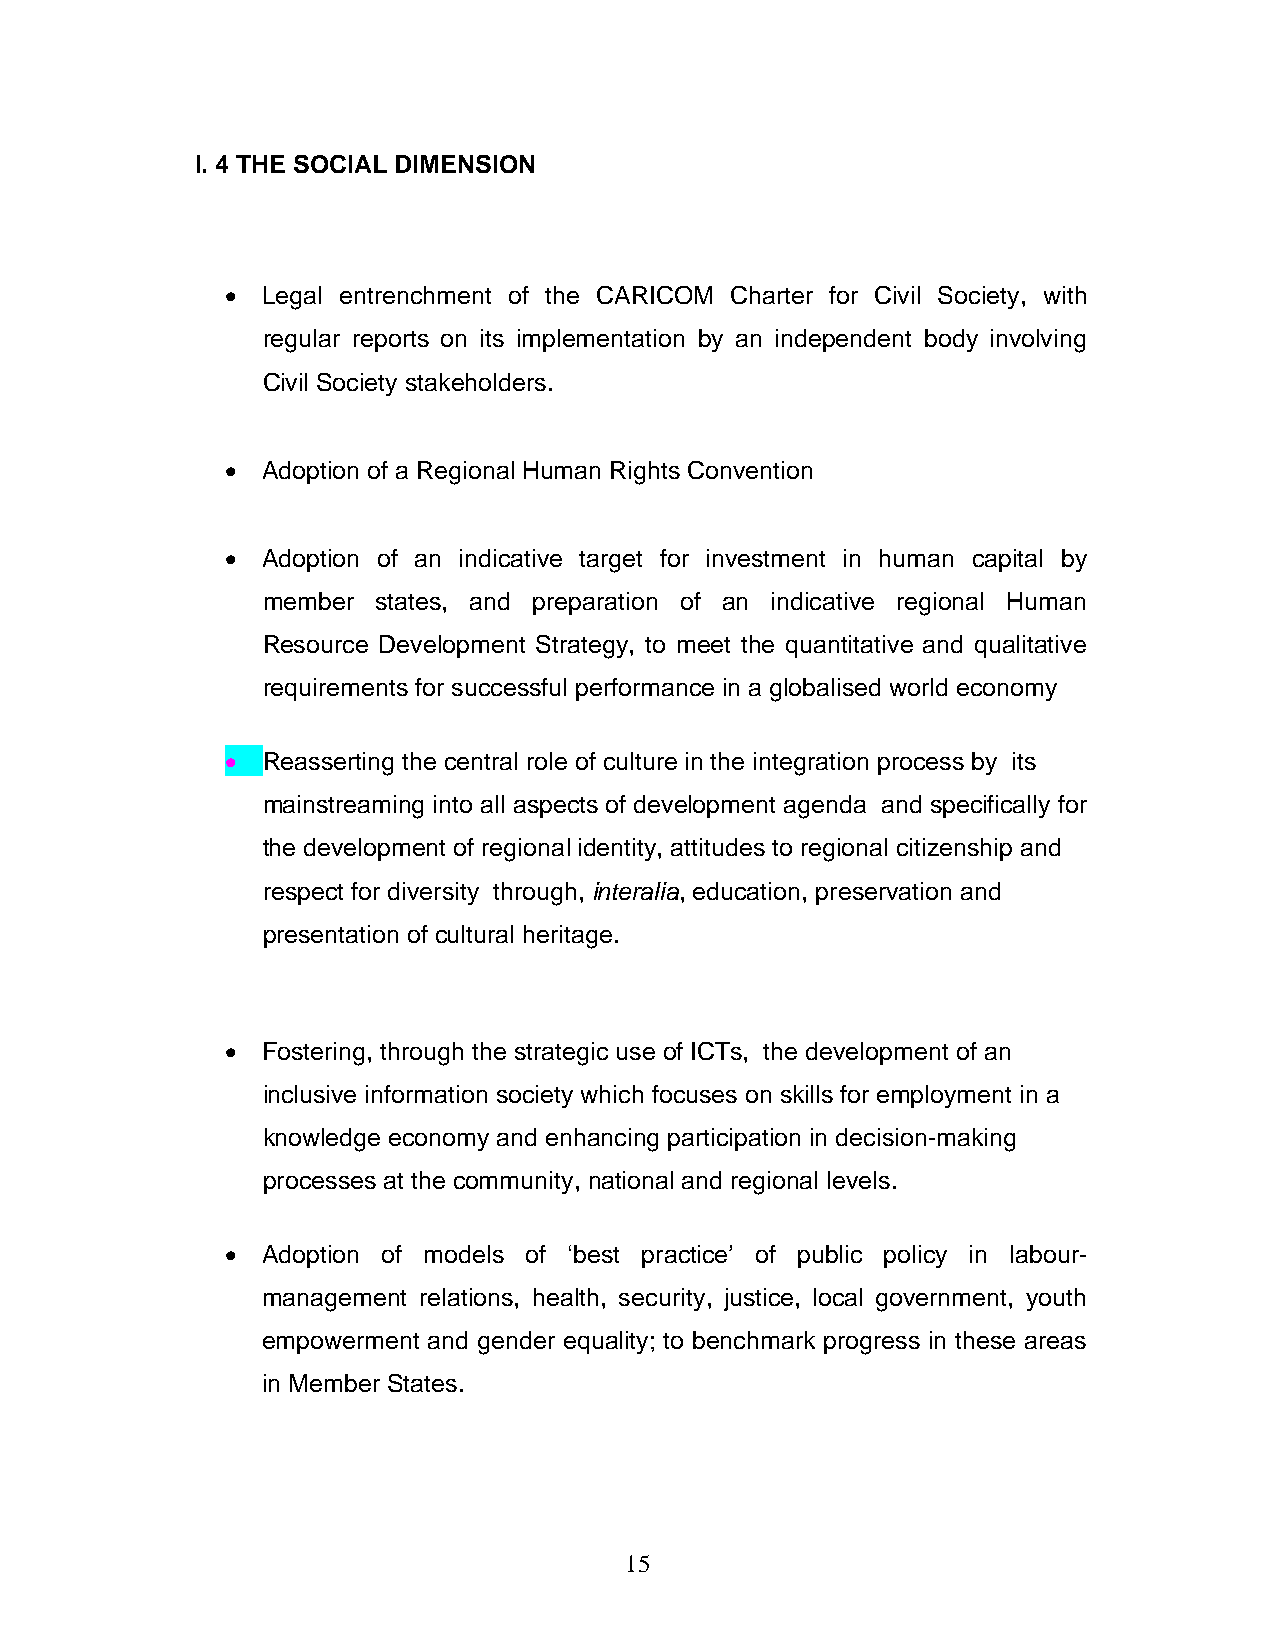
I. 4 THE SOCIAL DIMENSION
 • Legal entrenchment of the CARICOM Charter for Civil Society, with
 regular reports on its implementation by an independent body involving
 Civil Society stakeholders.
 • Adoption of a Regional Human Rights Convention
 • Adoption of an indicative target for investment in human capital by
 member  states, and preparation of an indicative regional Human
 Resource Development Strategy, to meet the quantitative and qualitative
 requirements for successful performance in a globalised world economy
 • Reasserting the central role of culture in the integration process by its
 mainstreaming into all aspects of development agenda and specifically for
 the development of regional identity, attitudes to regional citizenship and
 respect for diversity through, interalia, education, preservation and
 presentation of cultural heritage.
 • Fostering, through the strategic use of ICTs, the development of an
 inclusive information society which focuses on skills for employment in a
 knowledge economy and enhancing participation in decision-making
 processes at the community, national and regional levels.
 • Adoption of models of ‘best practice’ of public policy in labour-
 management relations, health, security, justice, local government, youth
 empowerment and gender equality; to benchmark progress in these areas
 in Member States.
 15